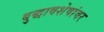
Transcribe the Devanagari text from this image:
बुद्धावशेषांवर